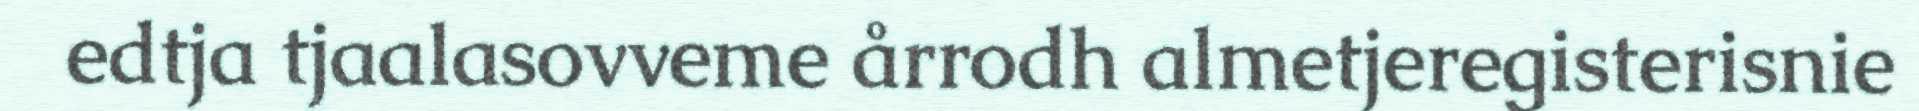
edtja tjaalasovveme årrodh almetjeregisterisnie